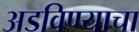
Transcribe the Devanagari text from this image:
अडविण्याचा